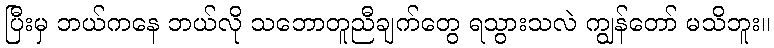
ပြီးမှ ဘယ်ကနေ ဘယ်လို သဘောတူညီချက်တွေ ရသွားသလဲ ကျွန်တော် မသိဘူး။